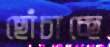
ছোঁচাচ্ছে